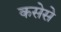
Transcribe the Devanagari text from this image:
कसेसे